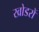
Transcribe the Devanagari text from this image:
खोडरों